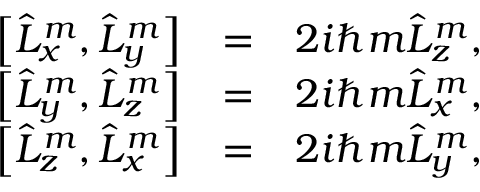
\begin{array} { r l r } { \left[ \hat { L } _ { x } ^ { m } , \hat { L } _ { y } ^ { m } \right] } & { = } & { 2 i \hbar m \hat { L } _ { z } ^ { m } , } \\ { \left[ \hat { L } _ { y } ^ { m } , \hat { L } _ { z } ^ { m } \right] } & { = } & { 2 i \hbar m \hat { L } _ { x } ^ { m } , } \\ { \left[ \hat { L } _ { z } ^ { m } , \hat { L } _ { x } ^ { m } \right] } & { = } & { 2 i \hbar m \hat { L } _ { y } ^ { m } , } \end{array}